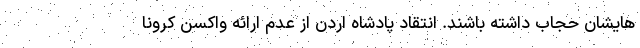
هایشان حجاب داشته باشند. انتقاد پادشاه اردن از عدم ارائه واکسن کرونا